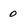
Character: 0